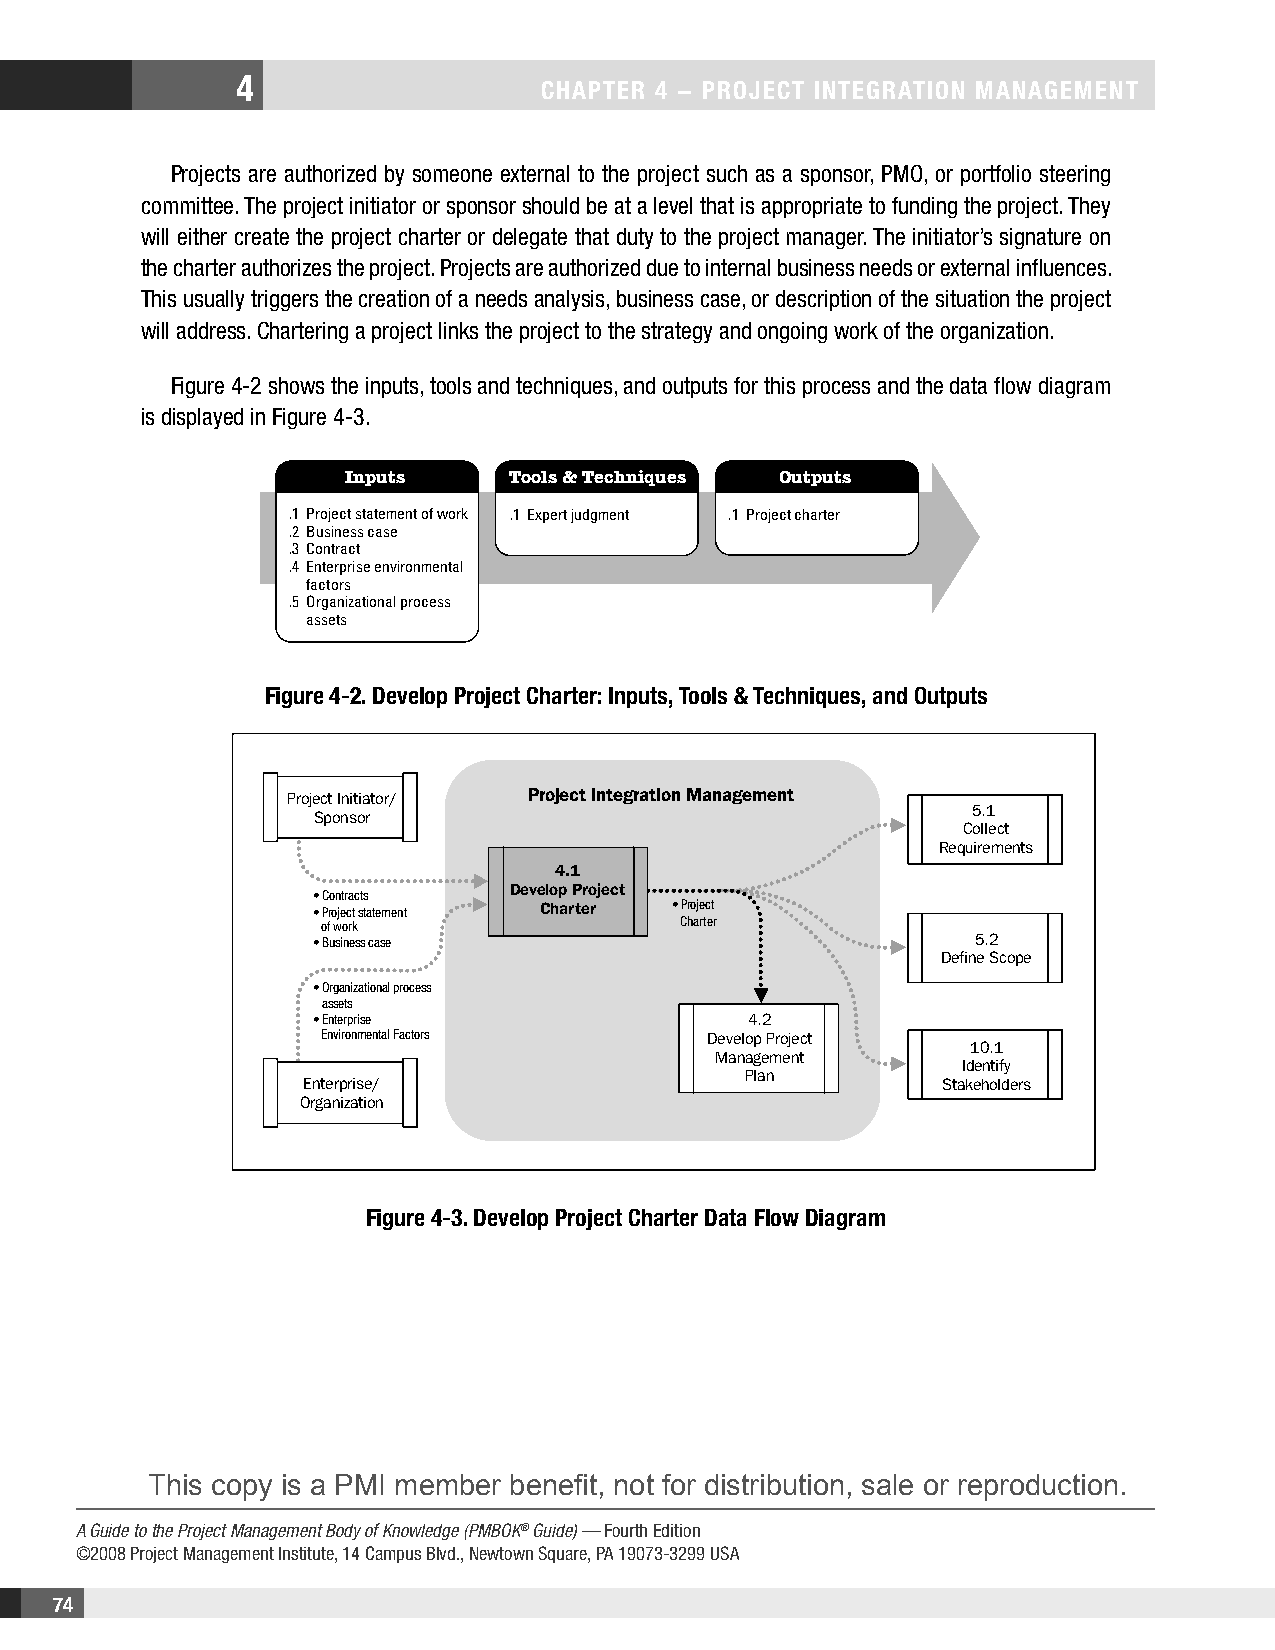
4
 CHaPteR 4 − PRojeCt IntegRatIon management
 Projects are authorized by someone external to the project such as a sponsor, PMO, or portfolio steering
 committee. The project initiator or sponsor should be at a level that is appropriate to funding the project. They
 will either create the project charter or delegate that duty to the project manager. The initiator’s signature on
 the charter authorizes the project. Projects are authorized due to internal business needs or external influences.
 This usually triggers the creation of a needs analysis, business case, or description of the situation the project
 will address. Chartering a project links the project to the strategy and ongoing work of the organization.
 Figure 4-2 shows the inputs, tools and techniques, and outputs for this process and the data flow diagram
 is displayed in Figure 4-3.
 Inputs     Tools & Techniques Outputs
 .1 Project statement of work .1 Expert judgment .1 Project charter
 .2 Business case
 .3 Contract
 .4 Enterprise environmental
 factors
 .5 Organizational process
 assets
 Figure 4-2. Develop Project Charter: Inputs, tools & techniques, and outputs
 Project Initiator/ Project Integration Management
 5.1
 Sponsor
 Collect
 Requirements
 4.1
 Develop Project
 • Contracts
 • Project statement Charter • Project
 of work                 Charter
 • Business case                             5.2
 Define Scope
 • Organizational process
 assets
 • Enterprise                 4.2
 Environmental Factors     Develop Project
 10.1
 Management
 Identify
 Plan
 Enterprise/                                Stakeholders
 Organization
 Figure 4-3. Develop Project Charter Data Flow Diagram
 This copy is a PMI member benefit, not for distribution, sale or reproduction.
 A Guide to the Project Management Body of Knowledge (PMBOK® Guide) — Fourth Edition
 ©2008 Project Management Institute, 14 Campus Blvd., Newtown Square, PA 19073-3299 USA
 74